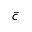
\bar { c }